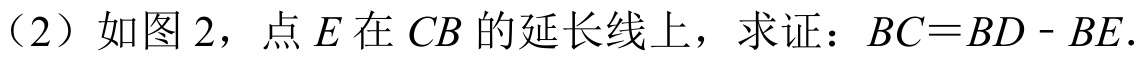
（2）如图2，点\(E\)在\(CB\)的延长线上，求证：\(BC = BD - BE\).